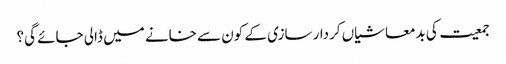
جمعیت کی بدمعاشیاں کردار سازی کے کون سے خانے میں ڈالی جائے گی؟